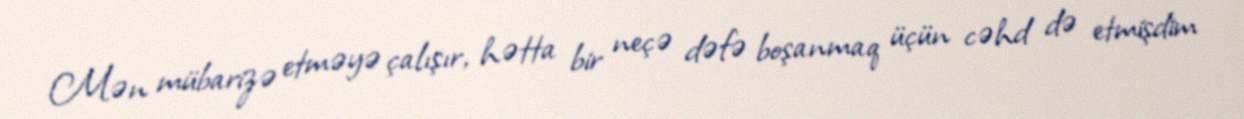
Mən mübarizə etməyə çalışır, hətta bir neçə dəfə boşanmaq üçün cəhd də etmişdim